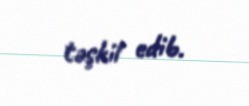
təşkil edib.